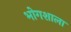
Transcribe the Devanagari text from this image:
भोगशाला